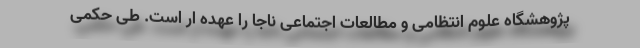
پژوهشگاه علوم انتظامی و مطالعات اجتماعی ناجا را عهده ار است. طی حکمی